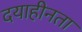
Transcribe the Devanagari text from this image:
दयाहीनता